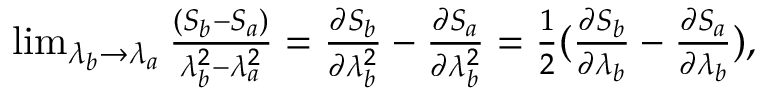
\begin{array} { r } { \operatorname* { l i m } _ { \lambda _ { b } \rightarrow \lambda _ { a } } \frac { ( S _ { b } - S _ { a } ) } { \lambda _ { b } ^ { 2 } - \lambda _ { a } ^ { 2 } } = \frac { \partial S _ { b } } { \partial \lambda _ { b } ^ { 2 } } - \frac { \partial S _ { a } } { \partial \lambda _ { b } ^ { 2 } } = \frac { 1 } { 2 } ( \frac { \partial S _ { b } } { \partial \lambda _ { b } } - \frac { \partial S _ { a } } { \partial \lambda _ { b } } ) , } \end{array}